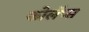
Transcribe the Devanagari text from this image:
कोलॅप्स